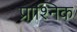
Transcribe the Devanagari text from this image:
प्राश्निक